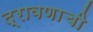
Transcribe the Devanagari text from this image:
द्रावणाची